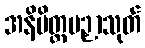
အနိမိတ္တပဉှာသုတ်